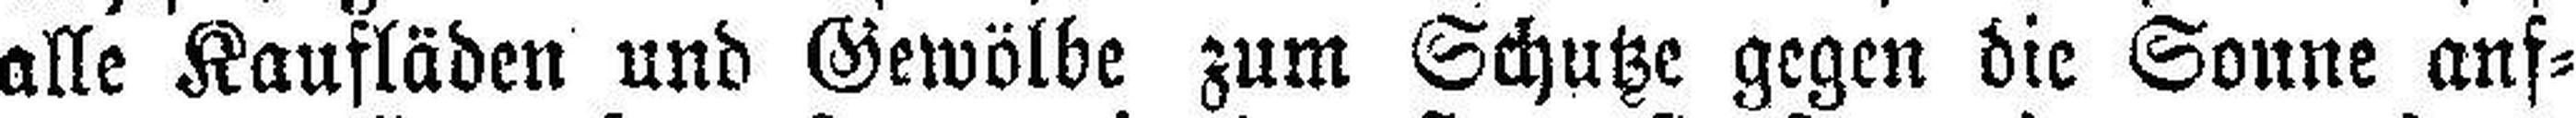
alle Kaufläden und Gewölbe zum Schutze gegen die Sonne auf¬